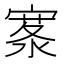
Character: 𪧣